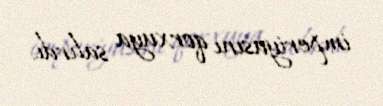
imperiyasını qorxuya salırdı.